Civil Veterinary Dept. Bombay admin report 1893-99 - 1893-1899
Year: 1893
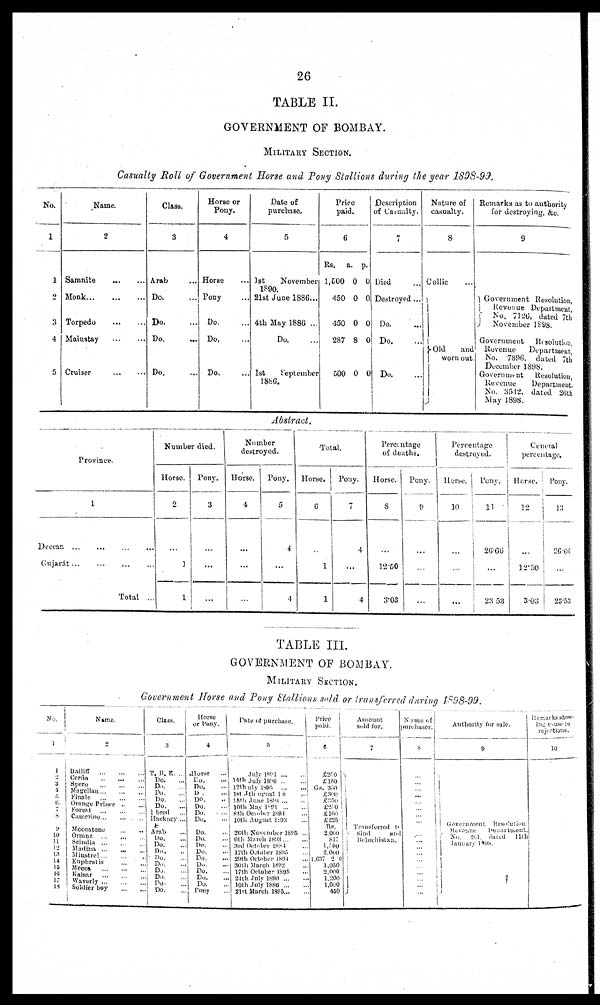
26
TABLE II.
GOVERNMENT OF BOMBAY.
MILITARY SECTION.
Casualty Roll of Government Horse and Pony Stallions during the year 1898-99.
No.
1
1
2
3
4
5
Name.
2
Samnite
...
...
Monk
...
...
...
Torpedo
...
...
Mainstay
...
...
Cruiser ... ...
Class.
3
Arab ...
Do. ...
Do. ...
Do. ...
Do. ...
Horse or
Pony.
4
Horse ...
Pony ...
Do. ...
Do. ...
Do. ...
Date of
purchase.
5
1st
November
1890.
21st June 1886...
4th May 1886 ...
Do. ...
1st
September
Price
paid.
6
Rs.
1,500
450
450
287
500
a.
0
0
0
8
0
p.
0
0
0
0
0
Description
of Casualty.
7
Died ...
Destroyed ...
Do. ...
Do. ...
Do. ...
Nature of
casualty.
8
Collic ...
Old
and
worn out
Remarks as to authority
for destroying, &c.
9
Government Resolution,
Revenue
Department,
No. 7126, dated 7th
November 1898.
Government Resolution,
Revenue
Department,
No. 7896, dated 7th
December 1898.
Government Resolution,
Revenue
Department,
No. 3542, dated 26th
May 1898.
Abstract.
Province.
1
Deccan
...
...
Gujarát ... ... ... ..
Total ...
Number died.
Horse.
2
...
1
1
Pony.
3
...
...
...
Number
destroyed.
Horse.
4
...
...
Pony.
5
4
...
4
Total.
Horse.
6
..
1
1
Pony.
7
4
...
4
Perecentage
of deaths.
Horse.
8
...
12.50
3.03
Pony.
9
...
...
...
Percentage
destroyed.
Horse.
10
...
...
...
Pony.
11
26.66
...
23 53
General
percentage.
Horse.
12
...
12.50
3.03
Pony.
13
26.66
...
23.53
TABLE III.
GOVERNMENT OF BOMBAY.
MILITARY SECTION.
Government Horse and Pony Stallions sold or transferred during 1898-99.
No.
1
1
2 3
4 5
6. 7
8
9
10
11
12
13
14
15
16
17
18
Name.
2
Bailiff
...
...
...
Cerda
...
...
...
Spero
...
...
...
Magellan
Finale
...
...
...
Orange Prince
..
...
Forest
...
...
...
Camerino
...
...
...
Mconstone ... ...
Ormuz ... ... ...
Scindia ... ... ...
Madina ... ... ...
Minstrel
Euphratis
...
...
Mecca ... ... ...
Kaisar
...
...
...
Waverly
...
...
...
Solder
boy
...
...
Class.
3
T.B.E.
...
Do. ...
Do.
Do.
Do.
Do.
½ bred
...
Hackney ...
Arab ...
Do. ...
Do. ...
Do. ..
Do. ...
Do. ...
Do. ...
Do.
Do. ...
Do. ...
Horse
or Pony.
4
Horse ...
Do. ...
Do.
D . ...
Do. ..
Do.
...
Do. . ...
Do.
...
Do. ...
Do. ...
Do. ...
Do. ...
Do. ...
Do. ...
Do. ...
Do. ...
Do. ...
Pony ...
Date of purchase.
5
July 1891 ... ...
14th July 1896 .. ...
12th July 1895 ... ...
1st 4th August 18 ...
15th June 1894 ... ..
10th
May 1894 ... ...
8th October 1894 ...
10th August 1893 ...
26th November 1895
6th March 1893 ... ...
3rd October 1894 ...
17th October 1895 ...
29th October 1894 ...
30th March 1892 ...
17th October 1895 ...
24th July 1890 ... ...
10th July 1886 ... ...
21st March 1895 ... ...
Price
paid.
6
6250
£150
Gs. 350
£300
£250
£250
£160
£225
Rs.
2,060
817
1,709
2,060
1,637 2 0
1,050
2,000
1,200
1,000
450
Amount
sold for.
7
Transferred to
Sind and
Beluchistan.
Name of
purchaser.
8
...
...
...
...
...
...
...
...
... ...
...
...
...
...
...
...
Authority for sale.
9
Government
Resolution.
Revenue Department.
No.
261.
dated 11th
January 1893.
Remarks show¬
ing cause to
rejections.
10